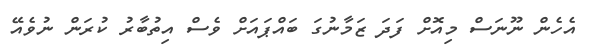
އެހެން ނޫނަސް މިއޮށް ފަދަ ޒަމާނުގަ ބައްޕައަށް ވެސް އިތުބާރު ކުރަން ނުވެއޭ